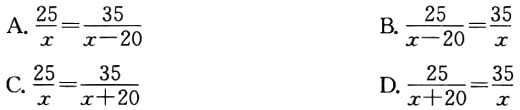
A.$\frac{25}{x}=\frac{35}{x - 20}$

B.$\frac{25}{x - 20}=\frac{35}{x}$

C.$\frac{25}{x}=\frac{35}{x + 20}$

D.$\frac{25}{x + 20}=\frac{35}{x}$